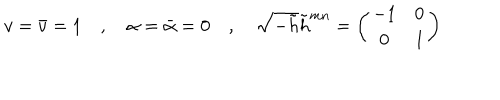
LaTeX: v = \bar { v } = 1 \quad , \quad \alpha = \bar { \alpha } = 0 \quad , \quad \sqrt { - \tilde { h } } \tilde { h } ^ { m n } = \left( \begin{matrix} { { - 1 } } & { { 0 } } \\ { { 0 } } & { { 1 } } \\ \end{matrix} \right)